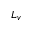
L _ { v }